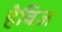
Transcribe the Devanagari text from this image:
हेविज़